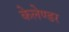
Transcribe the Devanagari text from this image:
केलेण्डर